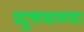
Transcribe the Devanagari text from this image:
प्रदुषणाच्या